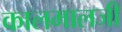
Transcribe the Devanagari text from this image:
कालमालजी